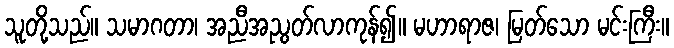
သူတို့သည်။ သမာဂတာ၊ အညီအညွတ်လာကုန်၍။ မဟာရာဇ၊ မြတ်သော မင်းကြီး။